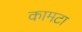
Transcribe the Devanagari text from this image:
कामटा